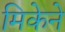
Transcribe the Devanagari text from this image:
मिकेने